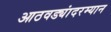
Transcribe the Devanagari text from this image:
आठवड्यांदरम्यान